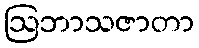
ဩဘာသဇာတာ